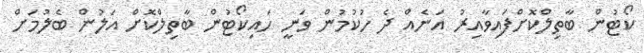
ކޯޓުން ބާތިލްކޮށްފައިވާއިރު އަނެއް ދެ ހުކުމުން ވަނީ ހައިކޯޓުން ބާތިލްކޮށް އަލުން ބެލުމަށް